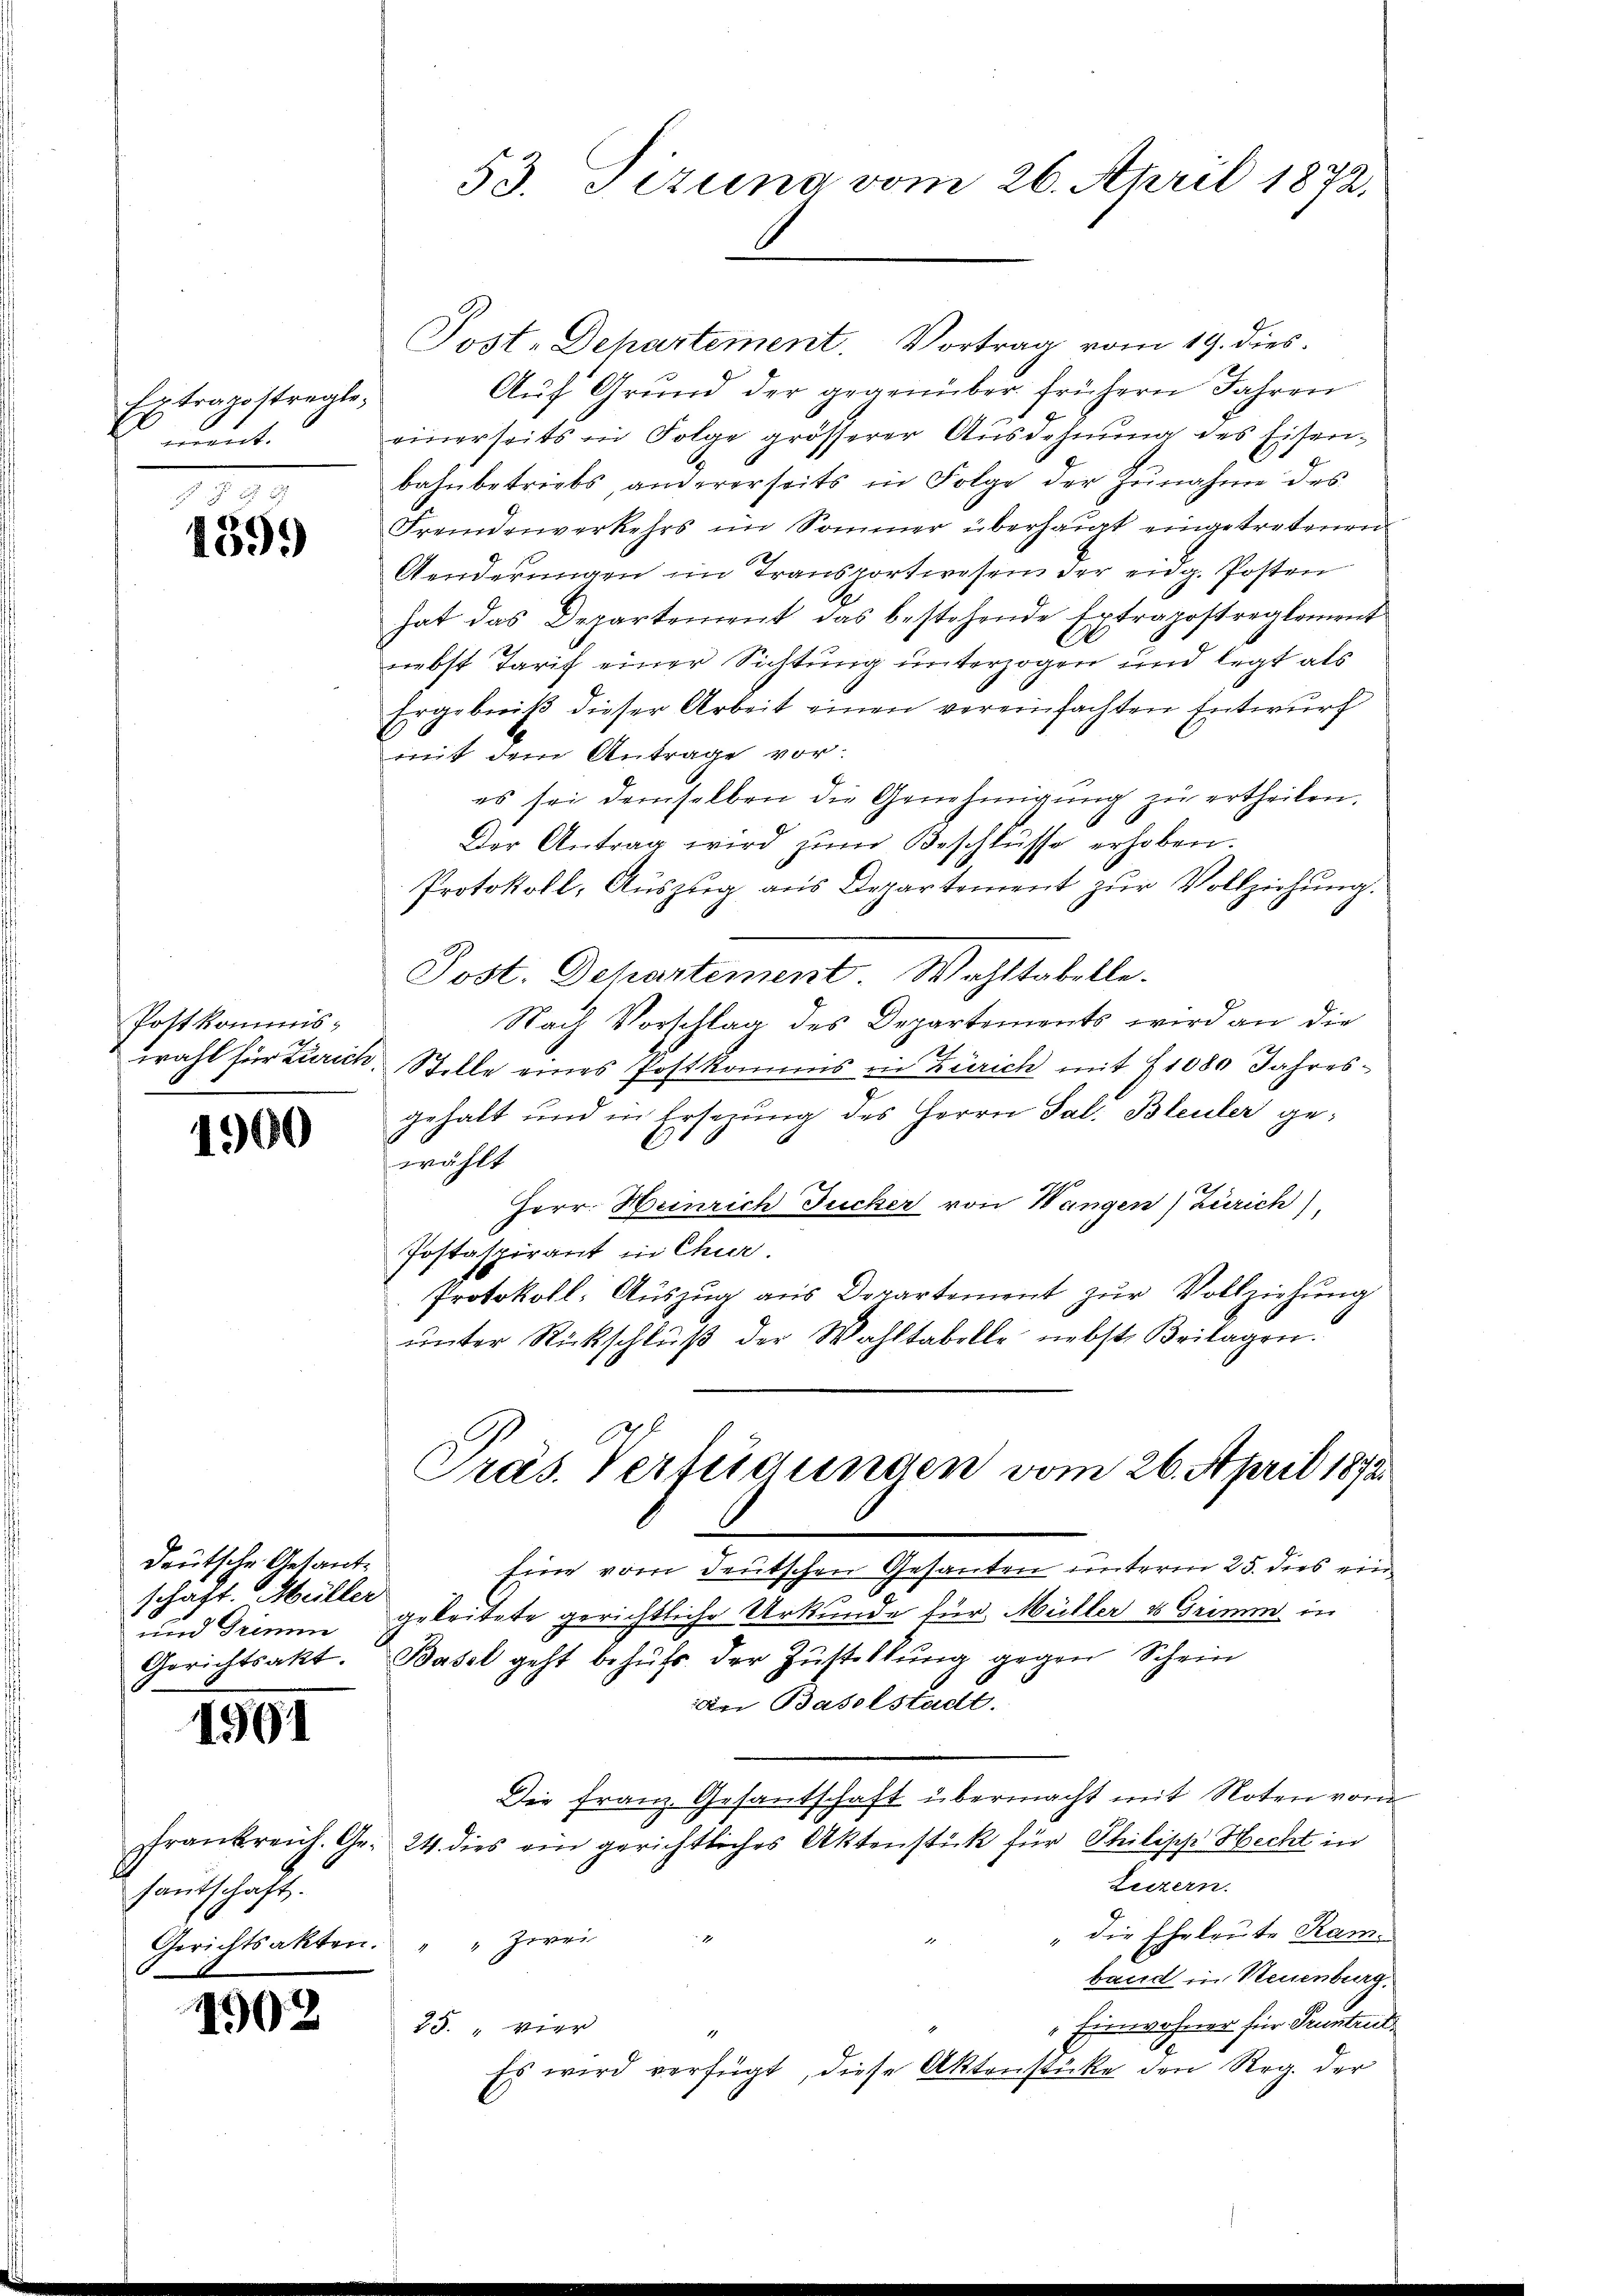
Extragsstragte,
t

459.

Postkommiswahl für Zürich

1900

deutsche Getant-
schäft. Müller
und Grimm
Gerichtsakt.

1901

Frankreich. Gesantschaft.
Gerichtsakten.

1902

53. Titung vom 26. April 1872.

Post-Departement. Vortrag vom 19. dies
Aŭf Grund der gegenüber frühern Jahren
einerseits in Folge grösserer Ausdehnung des Eisen-
bahnbetriebs, andererseits in Folge der Zŭnahme des
Fremdenverkehrs im Sommer überhaupt eingetretenen
Aenderungen im Transportwesen der eng. Posten
hat das Departement das bestehende Extrapostreglement
nebst Tarif einer Sichtung unterzogen und legt als
Ergebniß dieser Arbeit einen vereinfachten Entwurf
mit dem Antrage vor.
es sei demselben die Genehmigŭng zu ertheilen.
Der Antrag wird zŭm Beschlüsse erhoben.
Protokoll, Auszug aus Departement zŭr Vollziehung.
Post. Departement Wohltabelle.
Nach Vorschlag des Departements wird an die
Stelle eines Postkommis in Zürich mit 71080 Jahresgehalt und in Ersezung des Herrn Sal. Bleuler geewählt
Herr. Heinrich Jucker von Wangen) Zürich),
Postaspirant in Chur.
Protokoll- Auszug aus Departement zur Vollziehung
ŭnter Rückschlŭβ der Wahltabelle nebst Beilagen.
Präs. Verfügungen vom 26. April 1872.
Eine vom deutschen Gesanten unterm 25. dies ein
e
geleitete gerichtliche Urkunde für Müller u Grimm, in
Basel geht behufs der Zustellung gegen Schein
Der Baselstadt.
Die Franz. Gesantschaft übermacht mit Noten vom
24. dies ein gerichtliches Aktenstück für Philische Hecht in
Luzern.
" die Eheleute Kam
1.
" " zwei
band in Neuenburg.
" Einwohner für Pruntrut
25. vier
Es wird verfügt, diese Aktenstücke den Reg. der